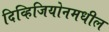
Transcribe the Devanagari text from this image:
दिव्हिजियोनमधील